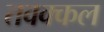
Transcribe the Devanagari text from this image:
तवक्कल